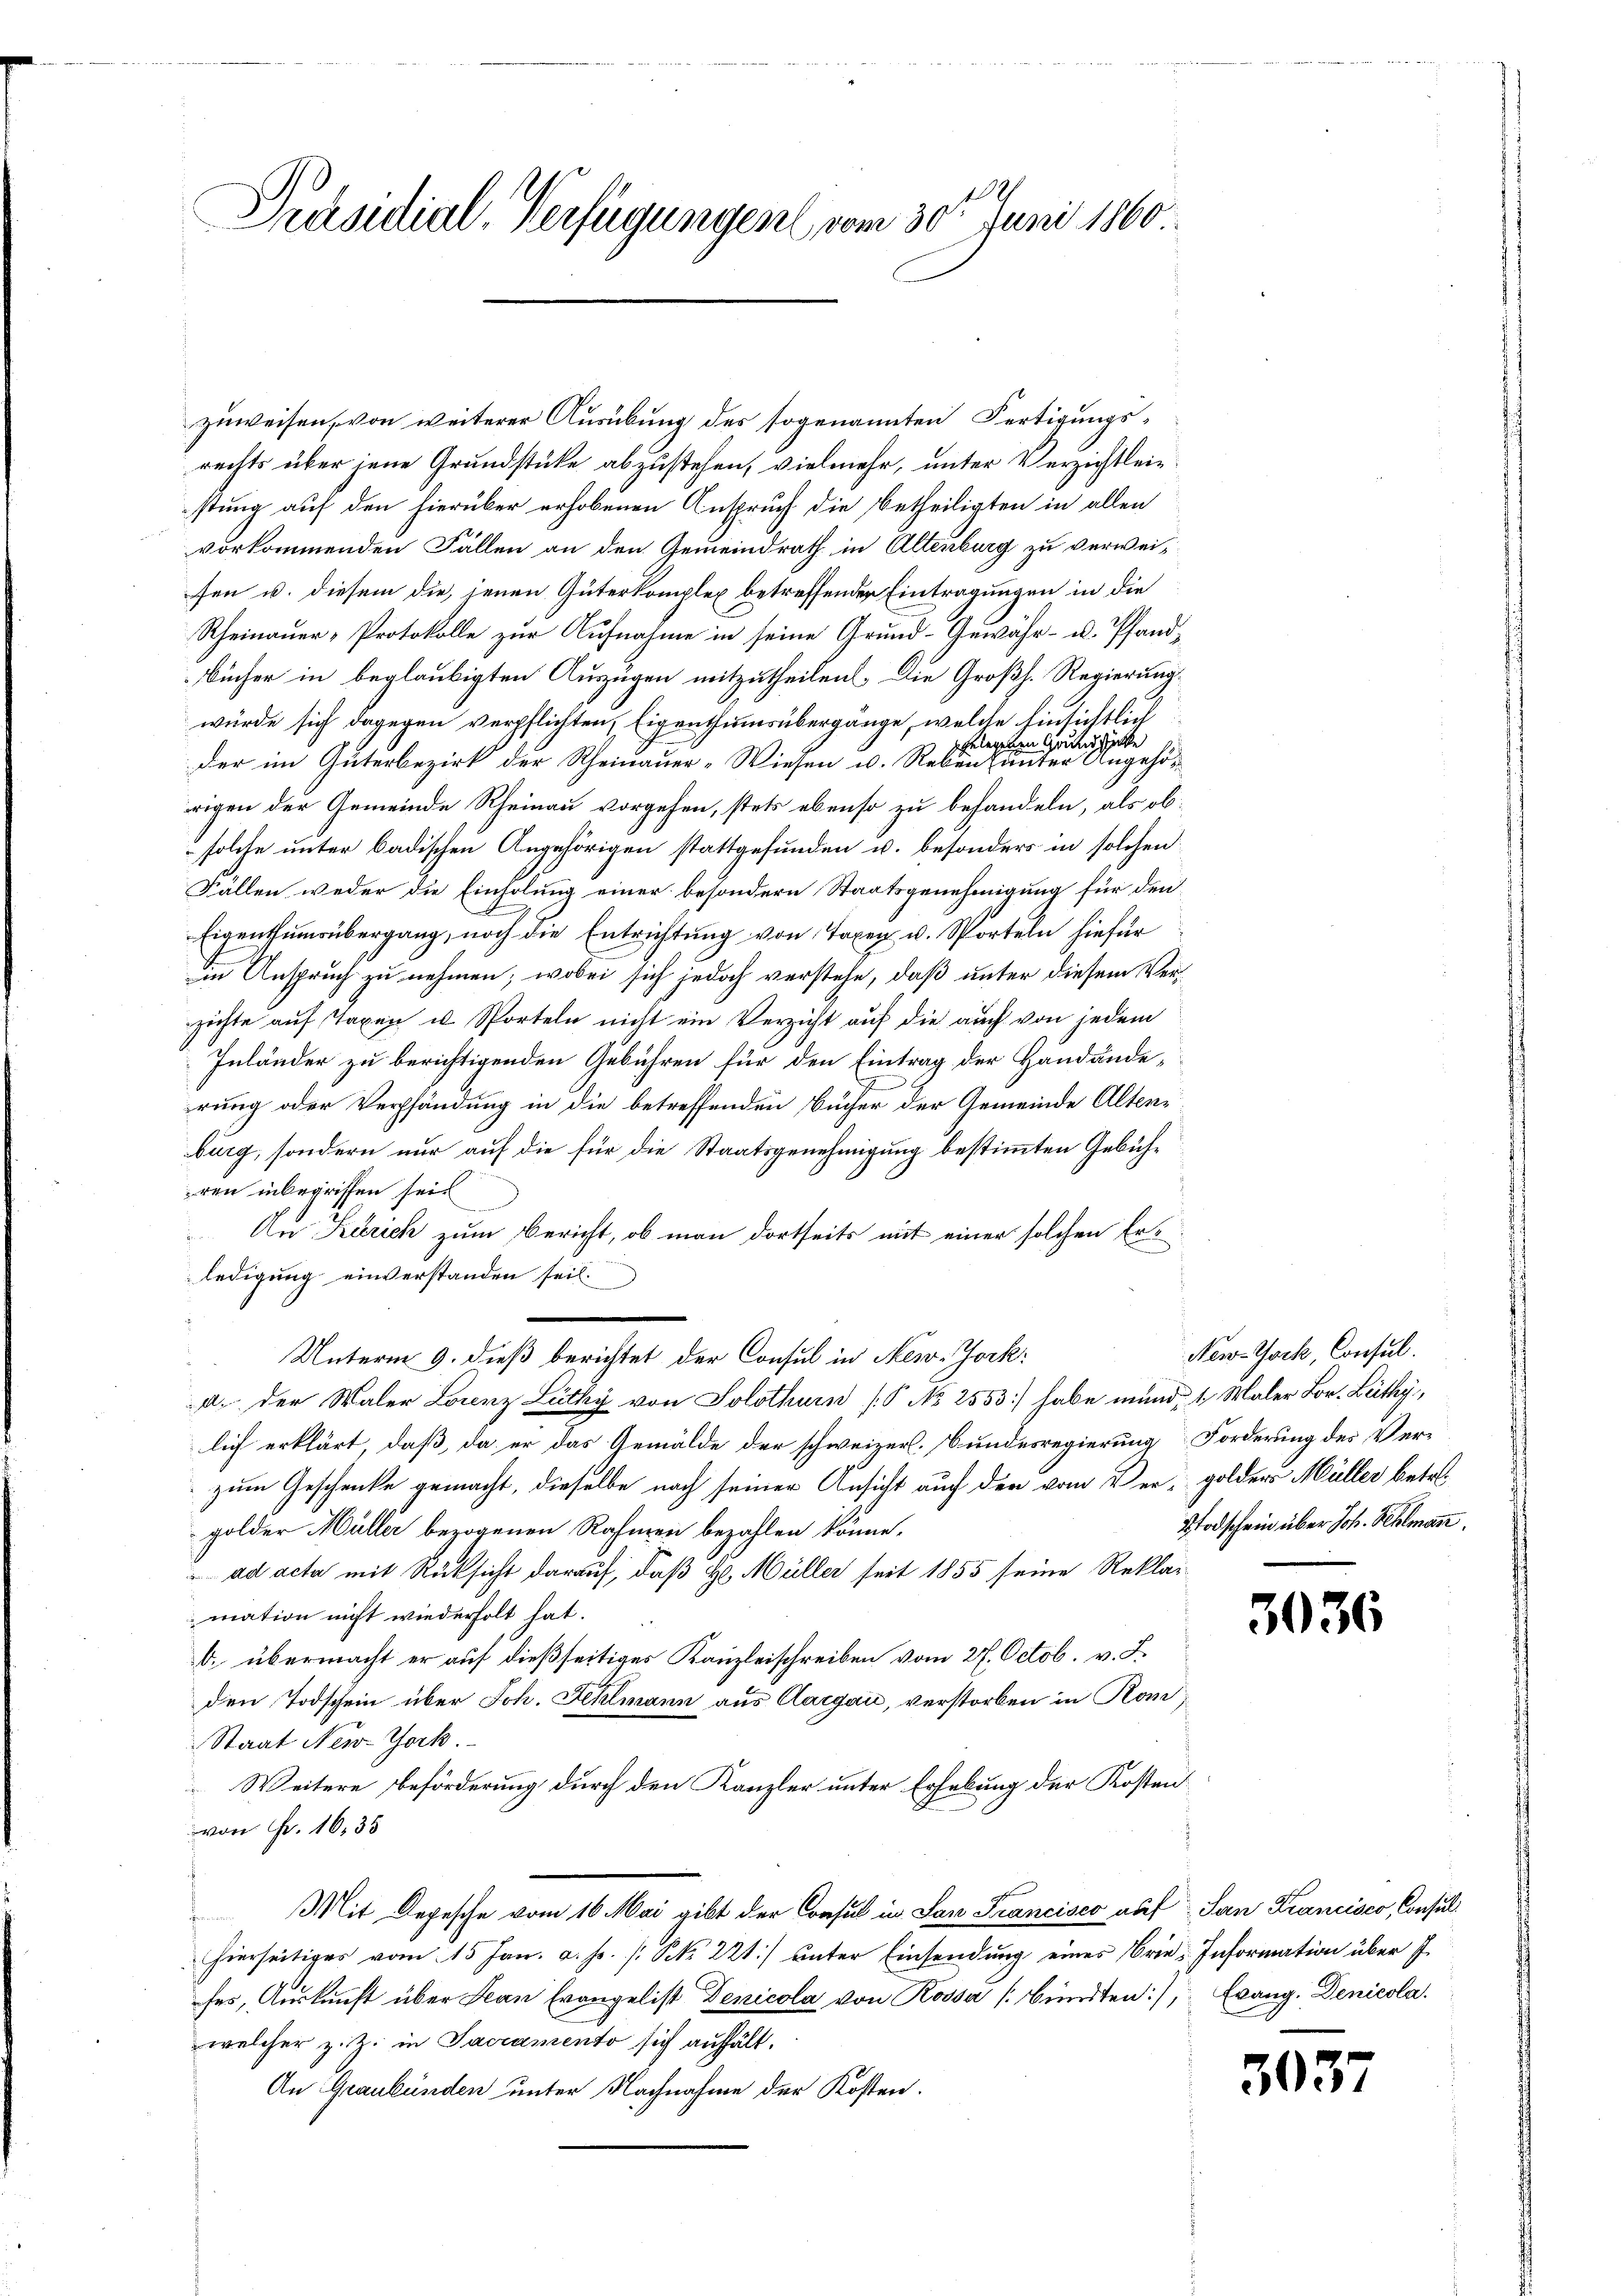
Praesidial-Verfügungen vom 30ten Juni 1860.

zuweisen, von weiterer Ausübung des sogenannten Fertigungsrechts über jene Grundstücke abzustehen, vielmehr, unter Verzichtleistung auf den hierüber erhobenen Anspruch die betheiligten in allen
vorkommenden Fällen an den Gemeindrath in Altenburg zu verweisen u. diesem die, jenen Güterkomplex betreffender Eintragungen in die
Rheinauer-Protokolle zur Aufnahme in seine Grund-Gewähr- u. Pfand¬
Bücher in beglaubigten Auszügen mitzutheilen. Die Großh. Regierung
würde sich dagegen verpflichten Eigenthumsübergänge, welche hinsichtlich
gelegenen Grundstücke
der im Güterbezirk der Rheinauer-Wiesen u. Reben unter Angehörrigen der Gemeinde Rheinau vorgehen, stets ebenso zu behandeln, als ob
solche unter badischen Angehörigen stattgefunden u. besonders in solchen
Fällen weder die Einholung einer besondern Staatsgenehmigung für den
Eigenthumsübergang, noch die Entrichtung von Taxen u. Sporteln hiefür
in Anspruch zu nehmen; wobei sich jedoch verstehe, daß unter diesem Verzichte auf Taxen u. Sporteln nicht ein Verzicht auf die auch von jedem
Inländer zu berichtigenden Gebühren für den Eintrag der Handände,
rung oder Verpfändung in die betreffenden Bücher der Gemeinde Altenburg, sondern nur auf die für die Staatsgenehmigung bestimmten Gebühren inbegriffen sei.
An Karich zum Bericht, ob man dortseits mit einer solchen Erledigung einverstanden sei.
Unterm 9. dieß berichtet der Consul in New-Jock:
a. der Waler Lorenz Lüthy von Solothurn (§ No 2553) habe mund, 1. Maler Lor. Lüthy,
lich erklärt, daß, da er das Gemälde der schweizerl. Bundesregierung Forderung des Verzum Geschenke gemacht, dieselbe nach seiner Ansicht auch den vom Ver- golders Müller betregolder Müller bezogenen Rahmen bezahlen könne.
ad acta mit Rücksicht darauf, daß H. Müller seit 1855 seine Reklai
mation nicht wiederholt hat.
b. übermacht er auf dießseitiges Kanzleischreiben vom 27. Octob. v. L.
den Todschein über Joh. Fehlmann aus Aargau, verstorben in Rom
Staat New-York.
Weitere beförderung durch den Kanzler unter Erhebung der Kosten
von Fr. 1635
Mit Depesche vom 16. Mai gibt der Consul in San Francisco auf San Krancisco, Consul
hierseitiges vom 15 Jan. a. pr. /. N. 221) ŭnter Einsendŭng eines Brie-Information über f
fes, Auskunft über Jean Evangelist Denicola von Rossa [birten:/, Evang. Denicola
welcher z. Z. in Sacramento sich aufhält.
An Graubünden unter Nachnahme der Kosten.

New-Yock, Consul.
Stodschein über Joh. Kehlmann

3036

303